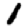
Digit: 1